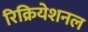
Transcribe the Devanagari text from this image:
रिक्रियेशनल